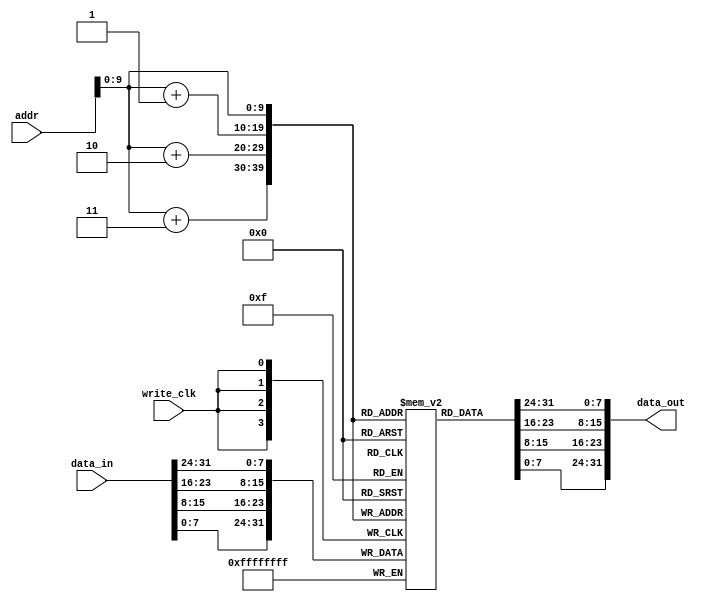
module MEMORY(input [31:0]addr, input [31:0]data_in,input write_clk, output [31:0]data_out );
    reg [7:0]mem[0:1023];
    assign data_out = {mem[addr][7:0], mem[addr+1][7:0], mem[addr+2][7:0], mem[addr+3][7:0]};
    always @(posedge write_clk)
    begin
        $display("===============================> Memory Write Data in : %d  <==============",data_in);
        // $display("Memory Write Address : %d",addr);
        // $display("Memory Write Data out : %d",data_out);
        mem[addr] = data_in[31:24];
        mem[addr+1] = data_in[23:16];
        mem[addr+2] = data_in[15:8];
        mem[addr+3] = data_in[7:0];
    end
endmodule



module INSTR_MEMORY(input [31:0]addr,output [31:0]instr);
    reg [7:0]mem[0:1023];
    initial begin
        $readmemb("./gcd/binary_instr_gcd.txt",mem);
        // $readmemb("./b_sort/binary_instr_b_sort.txt",mem);
    end
    assign instr = {mem[addr][7:0], mem[addr+1][7:0], mem[addr+2][7:0], mem[addr+3][7:0]};
endmodule